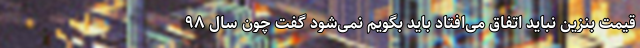
قیمت بنزین نباید اتفاق می‌افتاد باید بگویم نمی‌شود گفت چون سال ۹۸